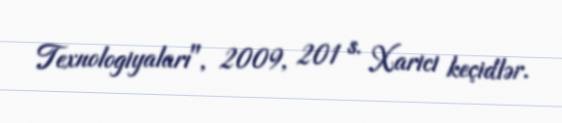
Texnologiyaları", 2009, 201 s. Xarici keçidlər.